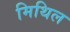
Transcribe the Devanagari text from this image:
मिथिल